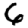
Digit: 6